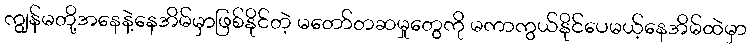
ကျွန်မတို့အနေနဲ့နေအိမ်မှာဖြစ်နိုင်တဲ့ မတော်တဆမှုတွေကို မကာကွယ်နိုင်ပေမယ့်နေအိမ်ထဲမှာ